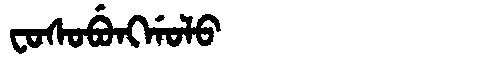
Manchu: ᠸᠣᠰᠣᠪᡠᠩᡤᠣᠯᠣ
Romanization: FOSOBUNGGOLO